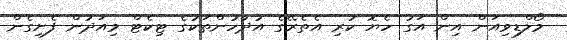
މޯލްޑިވިއަން އިން އަގު ހެޔޮ ކުރި އެތެރޭގެ އުދުހުންތަކުގެ ޓިކެޓް މިއަދުން ފެށިގެން